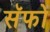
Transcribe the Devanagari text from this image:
सॅफो